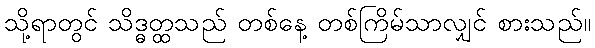
သို့ရာတွင် သိဒ္ဓတ္ထသည် တစ်နေ့ တစ်ကြိမ်သာလျှင် စားသည်။